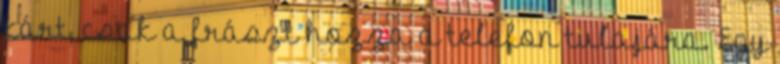
kárt, csak a frászt hozza a telefon tulajára. Egy